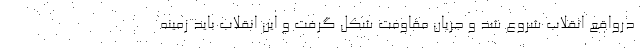
درواقع انقلاب شروع شد و جریان مقاومت شکل گرفت و این انقلاب باید زمینه